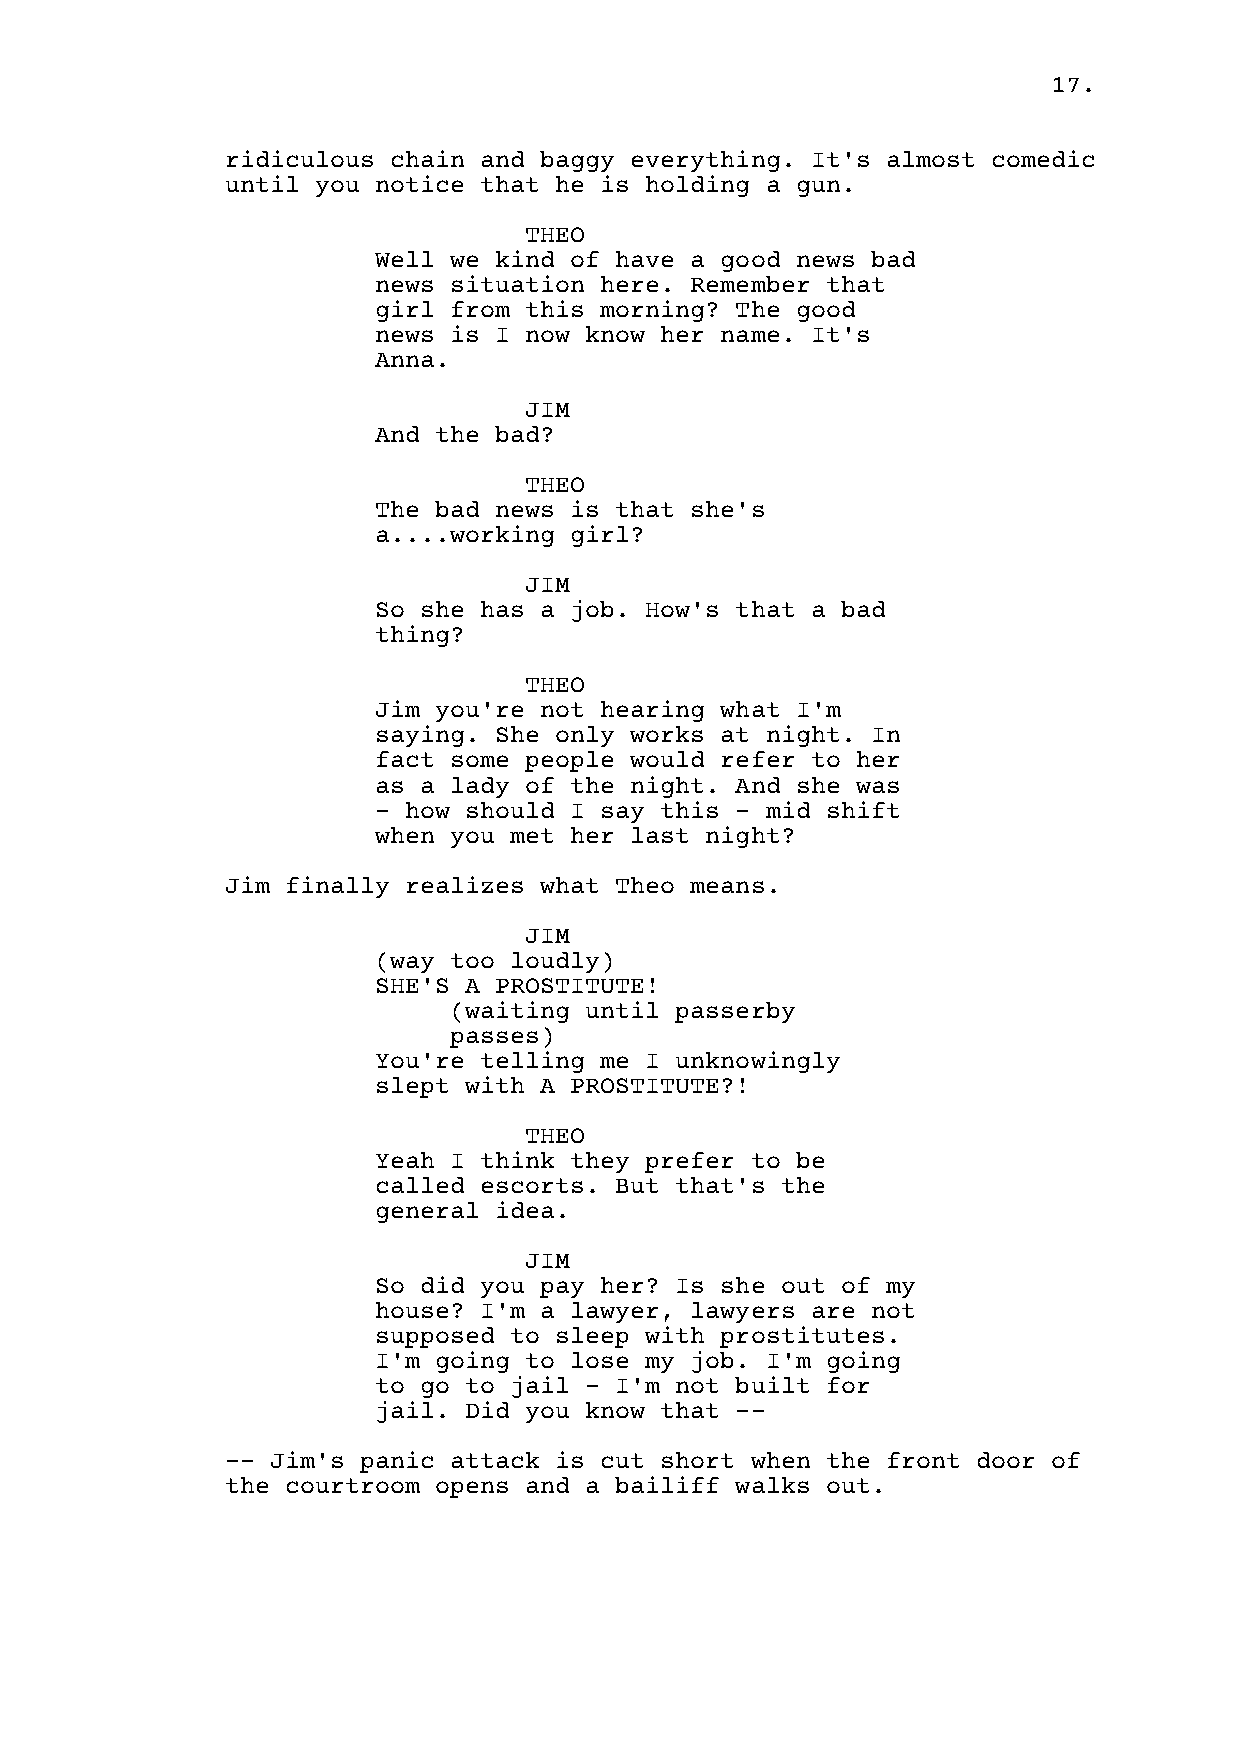
17.
 ridiculous chain and baggy everything. It's almost comedic
 until you notice that he is holding a gun.
 THEO
 Well we kind of have a good news bad
 news situation here. Remember that
 girl from this morning? The good
 news is I now know her name. It's
 Anna.
 JIM
 And the bad?
 THEO
 The bad news is that she's
 a....working girl?
 JIM
 So she has a job. How's that a bad
 thing?
 THEO
 Jim you're not hearing what I'm
 saying. She only works at night. In
 fact some people would refer to her
 as a lady of the night. And she was
 - how should I say this - mid shift
 when you met her last night?
 Jim finally realizes what Theo means.
 JIM
 (way too loudly)
 SHE'S A PROSTITUTE!
 (waiting until passerby
 passes)
 You're telling me I unknowingly
 slept with A PROSTITUTE?!
 THEO
 Yeah I think they prefer to be
 called escorts. But that's the
 general idea.
 JIM
 So did you pay her? Is she out of my
 house? I'm a lawyer, lawyers are not
 supposed to sleep with prostitutes.
 I'm going to lose my job. I'm going
 to go to jail - I'm not built for
 jail. Did you know that --
 -- Jim's panic attack is cut short when the front door of
 the courtroom opens and a bailiff walks out.